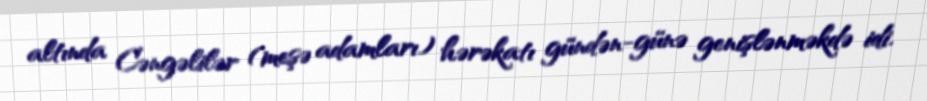
altında Cəngəlilər (meşə adamları) hərəkatı gündən-günə genişlənməkdə idi.